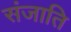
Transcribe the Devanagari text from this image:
संजाति